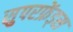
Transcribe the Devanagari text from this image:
सुपरफ्रेंड्स